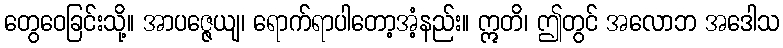
တွေဝေခြင်းသို့။ အာပဇ္ဇေယျ၊ ရောက်ရာပါတော့အံ့နည်း။ ဣတိ၊ ဤတွင် အလောဘ အဒေါသ